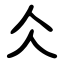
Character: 仌